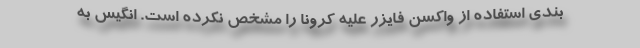
بندی استفاده از واکسن فایزر علیه کرونا را مشخص نکرده است. انگیس به